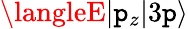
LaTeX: \langleE|\mathtt{p}_{z}|3\mathtt{p}\rangle